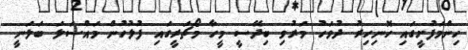
ހިންމަފުށީގައި ހޮނިހިރު ދުވަހު މަރުވި ބިދޭސީ މީހާ މޯޗަރީގައި ފުލުހުން މައްސަލަ ބަލަނީ